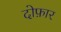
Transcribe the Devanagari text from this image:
दोफ़ार